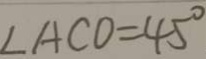
\angle A C O = 4 5 ^ { \circ }